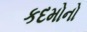
કદમોનો